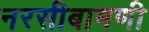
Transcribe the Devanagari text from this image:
नरसीबामणी